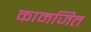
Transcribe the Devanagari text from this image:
कामजित